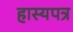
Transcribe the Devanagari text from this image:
हास्यपत्र